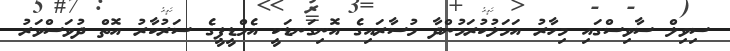
ސިވިލް ސާވިސްގައި މިހާރު އަމަލުކުރަމުންދާ މުސާރައިގެ އޮނިގަނޑަކީ އެމްޑީޕީގެ ސަރުކާރު އޮތް ދުވަސްވަރު